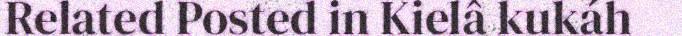
Related Posted in Kielâ kukáh